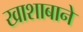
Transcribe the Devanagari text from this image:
खाशाबाने